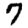
Digit: 7